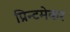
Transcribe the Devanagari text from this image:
प्रिन्टमेकर